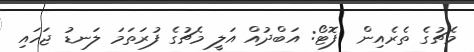
މެޗުގެ ތެރެއިން  ފޮޓޯ: އަބްދުއް އަލީ މެޗުގެ ފުރަތަމަ ލަނޑު ޖަހައި